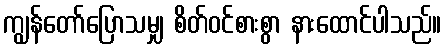
ကျွန်တော်ပြောသမျှ စိတ်ဝင်စားစွာ နားထောင်ပါသည်။